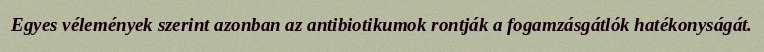
Egyes vélemények szerint azonban az antibiotikumok rontják a fogamzásgátlók hatékonyságát.